Scottish Leaving Certificate Examination, 1959
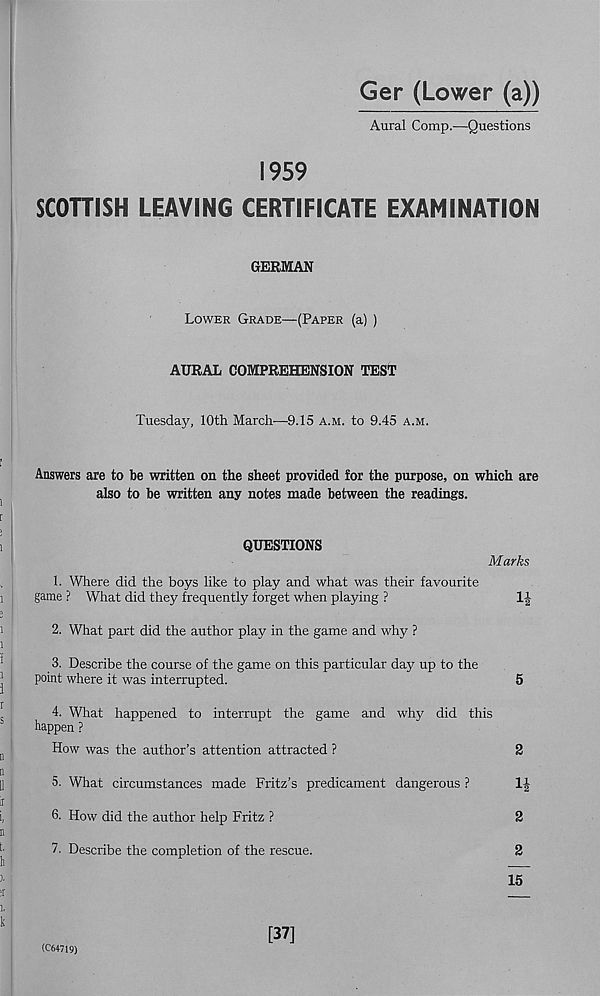
Ger (Lower (a))
Aural Comp.—Questions
1959
SCOHISH LEAVING CERTIFICATE EXAMINATION
GERMAN
Lower Grade—(Paper (a) )
AURAL COMPREHENSION TEST
Tuesday, 10th March—9.15 a.m. to 9.45 a.m.
Answers are to be written on the sheet provided for the purpose, on which are
also to be written any notes made between the readings.
QUESTIONS
Marks
1. Where did the boys like to play and what was their favourite
game ? What did they frequently forget when playing ?
2. What part did the author play in the game and why ?
3. Describe the course of the game on this particular day up to the
point where it was interrupted.
5
4. What happened to interrupt the game and why did this
happen ?
How was the author’s attention attracted ?
2
5. What circumstances made Fritz’s predicament dangerous ?
1|
6. How did the author help Fritz ?
2
7. Describe the completion of the rescue.
2
15
(C64719)
[37]